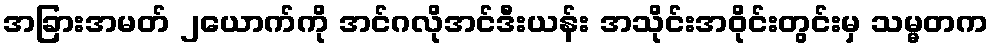
အခြားအမတ် ၂ယောက်ကို အင်ဂလိုအင်ဒီးယန်း အသိုင်းအဝိုင်းတွင်းမှ သမ္မတက